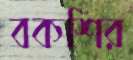
বকশির